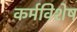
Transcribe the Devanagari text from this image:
कर्मविशेष